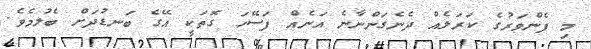
މި ފެންވަރުގެ ކަރަލެއް ދެނެގަންނާނެ އަނެއް ފަސޭހަ ގޮތަކީ އޭގެ ބަނޑުދަށް ބެލުމެވެ.